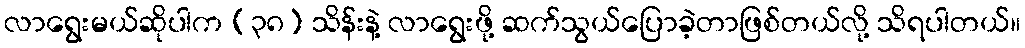
လာရွေးမယ်ဆိုပါက (၃၈) သိန်းနဲ့ လာရွေးဖို့ ဆက်သွယ်ပြောခဲ့တာဖြစ်တယ်လို့ သိရပါတယ်။